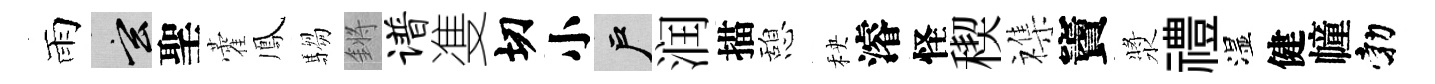
雨玄聖藿鳳騶鏘谱㕠切小户润描憩秧濬怪稧襍竇漿禮湿健幢勃